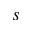
s